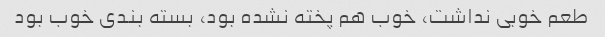
طعم خوبی نداشت، خوب هم پخته نشده بود، بسته بندی خوب بود